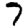
Digit: 7